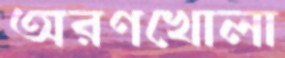
অরণখোলা